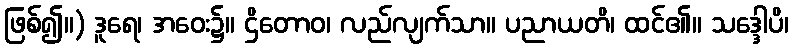
ဖြစ်၍။) ဒူရေ၊ အဝေး၌။ ဌိတောဝ၊ လည်လျက်သာ။ ပညာယတိ၊ ထင်၏။ သဒ္ဒေါပိ၊